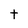
Character: t